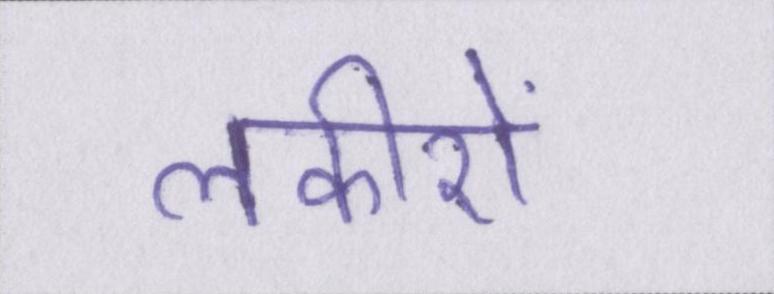
लकीरों